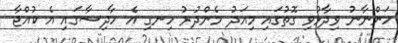
ހަންނާނު ވިދާޅުވި ގޮތުގައި މިއަދު މެންދުރު ހިނގި އެ ހާދިސާގައި އެ ކުއްޖާ